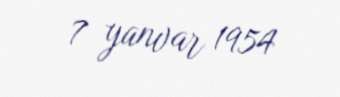
7 yanvar 1954